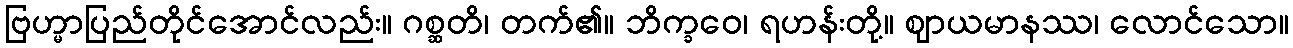
ဗြဟ္မာပြည်တိုင်အောင်လည်း။ ဂစ္ဆတိ၊ တက်၏။ ဘိက္ခဝေ၊ ရဟန်းတို့။ ဈာယမာနဿ၊ လောင်သော။